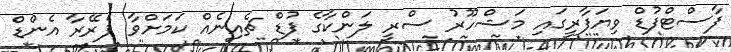
ފާސްޓްފުޑް ވިޔަފާރީގައި މަޝްހޫރު ސްރީ ލަންކާގެ ފުޑް ޗެއިނެއް ކަމަށްވާ ޕެރޭރާ އެންޑް